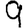
Digit: 9